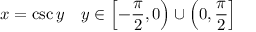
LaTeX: x = \csc y \ \ \ y \in \left[ - { \frac { \pi } { 2 } } , 0 \right) \cup \left( 0 , { \frac { \pi } { 2 } } \right]